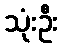
သုံးဦး